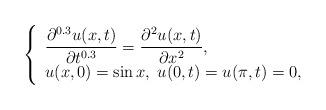
LaTeX: \begin{align*}\left\{\begin{array}{l l}\dfrac{\partial^{0.3} u(x,t)}{\partial t^{0.3}}=\dfrac{\partial^2 u(x,t)}{\partial x^2},& \\u(x,0)=\sin x,\;u(0,t)=u(\pi,t)=0,& \\\end{array} \right . \end{align*}